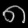
Digit: ၈